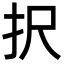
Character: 択